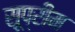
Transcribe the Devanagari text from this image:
सूप्रीम